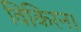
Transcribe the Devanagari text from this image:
विकिरन।